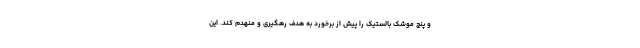
و پنج موشک بالستیک را پیش از برخورد به هدف رهگیری و منهدم کند. این